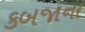
કબજાના